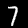
Label: 7